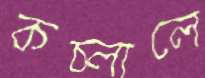
কচ্‌লালে